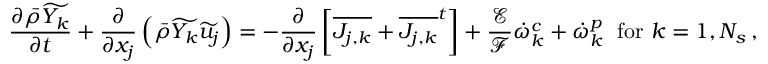
\frac { \partial \bar { \rho } \widetilde { Y _ { k } } } { \partial t } + \frac { \partial } { \partial x _ { j } } \left( \bar { \rho } \widetilde { Y _ { k } } \widetilde { u _ { j } } \right) = - \frac { \partial } { \partial x _ { j } } \left[ \overline { { J _ { j , k } } } + { \overline { { J _ { j , k } } } ^ { t } } \right] + \frac { \mathcal { E } } { \mathcal { F } } \dot { \omega } _ { k } ^ { c } + \dot { \omega } _ { k } ^ { p } \; \mathrm { ~ f o r ~ } k = 1 , N _ { s } \, \mathrm { , }